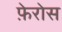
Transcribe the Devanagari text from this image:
फ़ेरोस